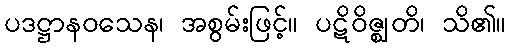
ပဒဋ္ဌာနဝသေန၊ အစွမ်းဖြင့်။ ပဋိဝိဇ္ဈတိ၊ သိ၏။